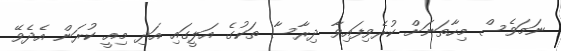
ނަމަވެސް މިހާތަނަށް ކުރެވިފައިވާ ދިރާސާ ތަކުގެ އަލީގައި އަދި މިއީ ކުރަން އެދެވޭ